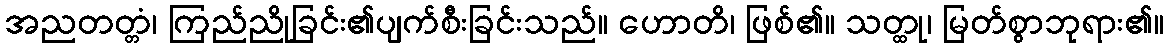
အညတတ္တံ၊ ကြည်ညိုခြင်း၏ပျက်စီးခြင်းသည်။ ဟောတိ၊ ဖြစ်၏။ သတ္ထု၊ မြတ်စွာဘုရား၏။